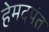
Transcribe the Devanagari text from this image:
हेमदपंत